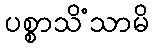
ပစ္စာသိံသာမိ